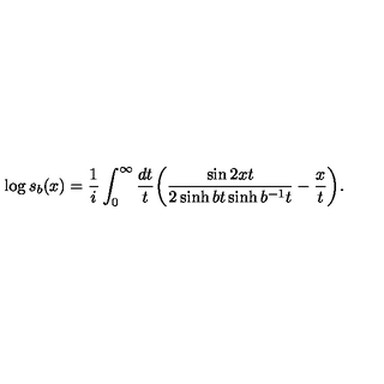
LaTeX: \log s _ { b } ( x ) = \frac { 1 } { i } \int _ { 0 } ^ { \infty } \frac { d t } { t } \biggl ( \frac { \sin 2 x t } { 2 \sinh b t \sinh b ^ { - 1 } t } - \frac { x } { t } \biggl ) .